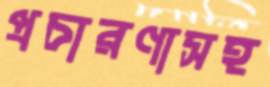
প্রচারণাসহ